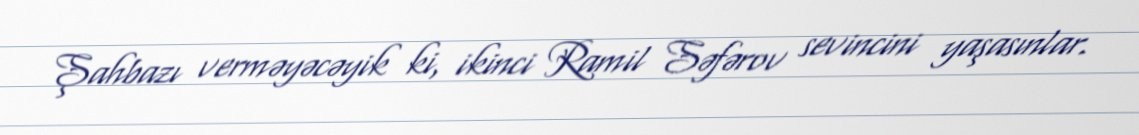
Şahbazı verməyəcəyik ki, ikinci Ramil Səfərov sevincini yaşasınlar.